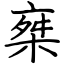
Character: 椉